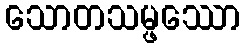
သောတသမ္ဖဿော